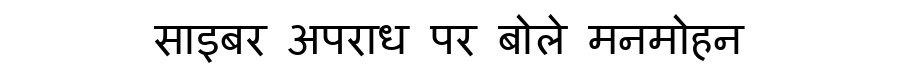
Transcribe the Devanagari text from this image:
साइबर अपराध पर बोले मनमोहन